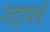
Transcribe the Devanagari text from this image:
गदापर्व